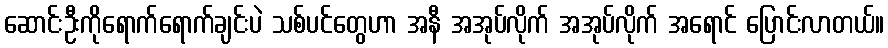
ဆောင်းဦးကိုရောက်ရောက်ချင်းပဲ သစ်ပင်တွေဟာ အနီ အအုပ်လိုက် အအုပ်လိုက် အရောင် ပြောင်းလာတယ်။